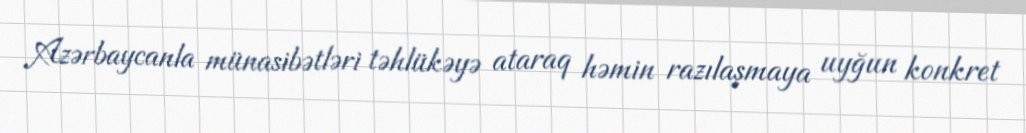
Azərbaycanla münasibətləri təhlükəyə ataraq həmin razılaşmaya uyğun konkret